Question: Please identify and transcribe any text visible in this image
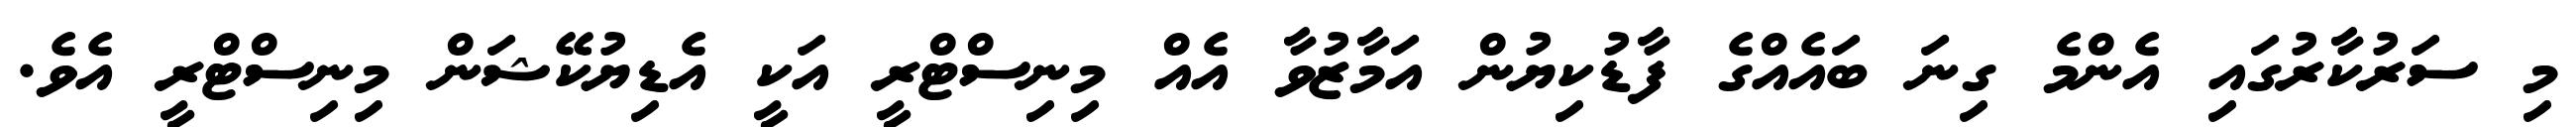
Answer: މި ސަރުކާރުގައި އެންމެ ގިނަ ބައެއްގެ ފާޑުކިޔުން އަމާޒުވާ އެއް މިނިސްޓްރީ އަކީ އެޑިޔުކޭޝަން މިނިސްޓްރީ އެވެ.